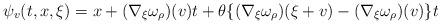
LaTeX: \begin{align*}\psi_v(t,x,\xi)=x+(\nabla_\xi\omega_\rho)(v)t+\theta\{(\nabla_\xi\omega_\rho)(\xi+v)-(\nabla_\xi\omega_\rho)(v)\}t\end{align*}